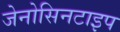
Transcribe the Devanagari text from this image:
जेनोसिनटाइप